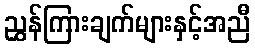
ညွှန်ကြားချက်များနှင့်အညီ